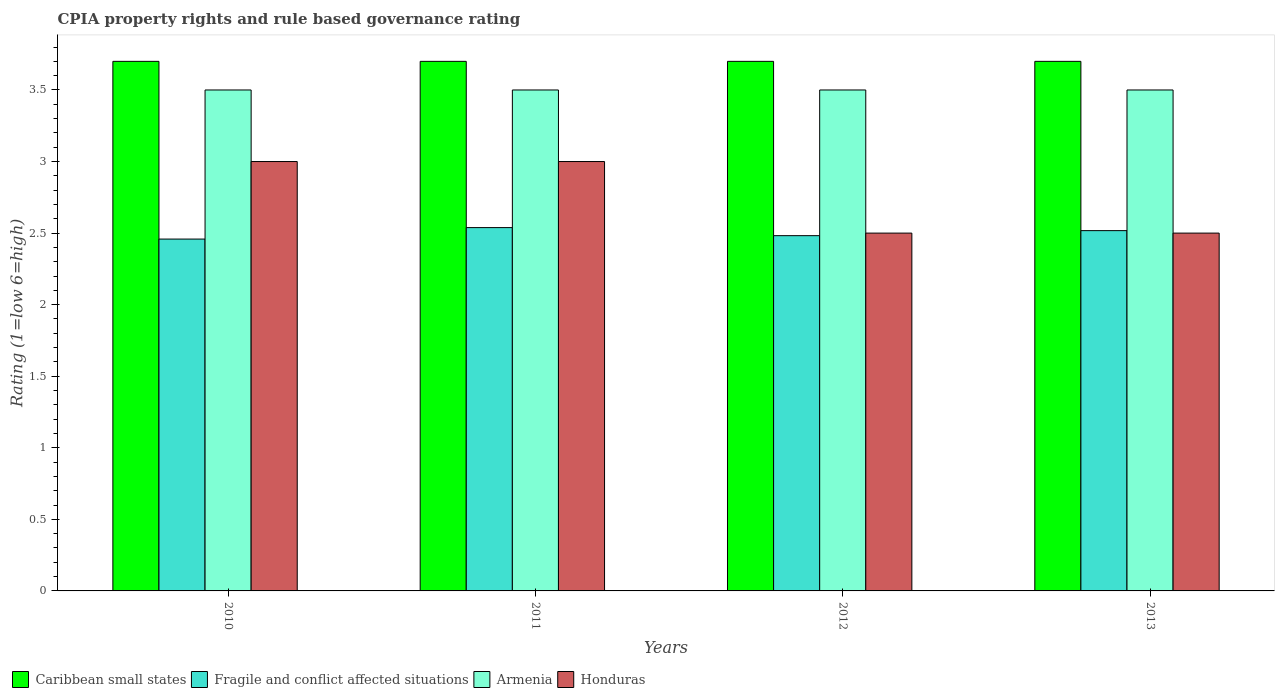
| Years | Caribbean small states | Fragile and conflict affected situations | Armenia | Honduras |
 | --- | --- | --- | --- | --- |
 | 2010 | 3.7 | 2.46 | 3.5 | 3 |
 | 2011 | 3.7 | 2.54 | 3.5 | 3 |
 | 2012 | 3.7 | 2.48 | 3.5 | 2.5 |
 | 2013 | 3.7 | 2.52 | 3.5 | 2.5 |